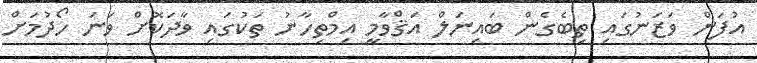
އުފަން ވަޒަނުގައި ތިބެގެން ބައިނަލް އަޤްވާމީ އިމްތިހާނު ތަކުގައި ވާދަކޮށް ވަނަ ހޯދުމަށް